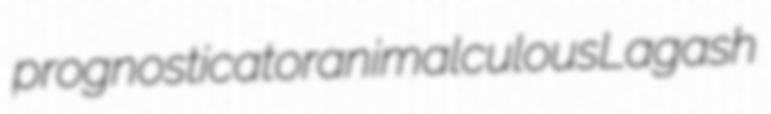
prognosticator animalculous Lagash